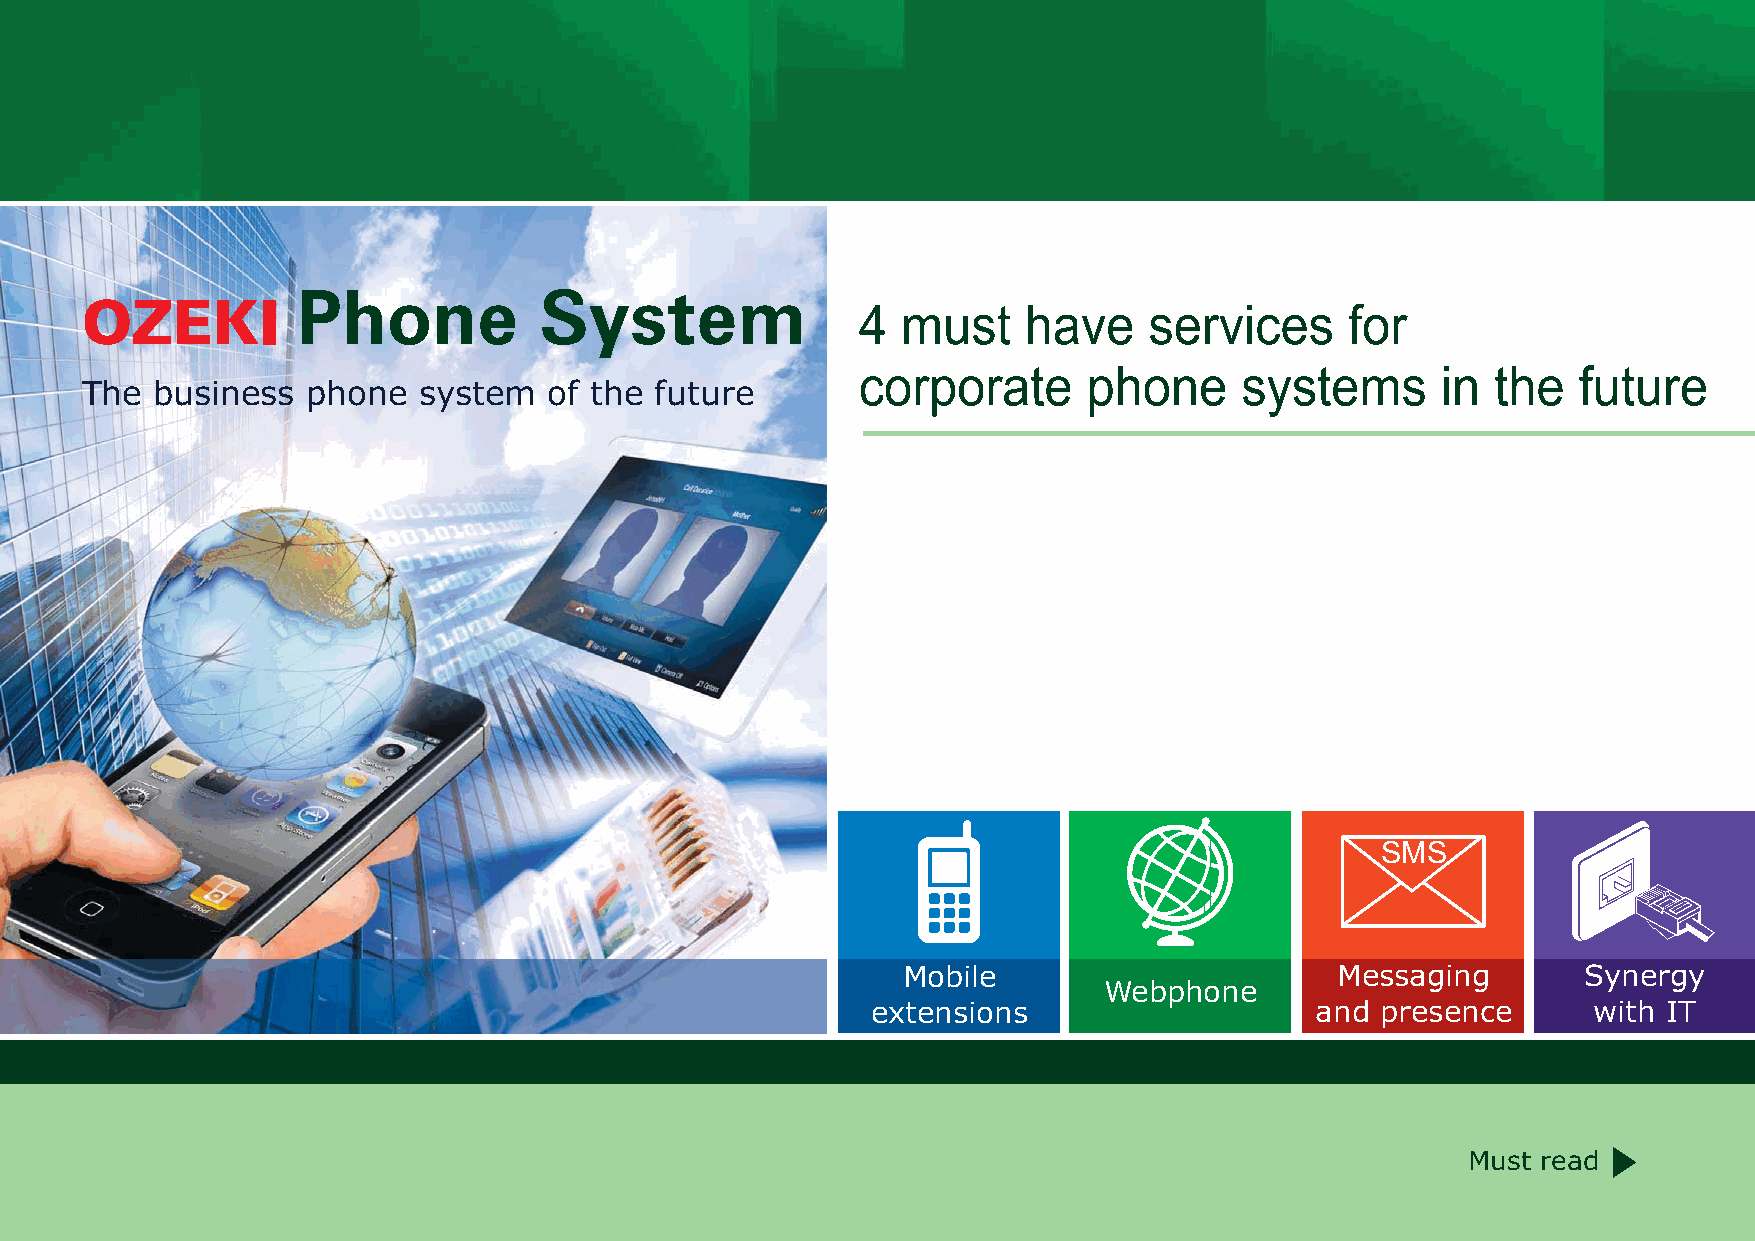
Phone           System
 OZEKI
 4  must    have    services     for
 corporate      phone     systems      in  the  future
 The  business  phone   system  of the future
 SMS
 Mobile                      Messaging        Synergy
 Webphone
 extensions                   and presence      with IT
 Must read